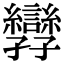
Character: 㝈